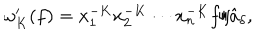
\omega _ { K } ^ { \prime } ( f ) = x _ { 1 } ^ { - K } x _ { 2 } ^ { - K } \cdots x _ { n } ^ { - K } f / \hat { a } _ { \delta } ,